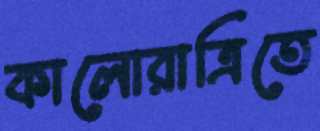
কালোরাত্রিতে